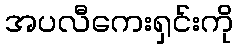
အပလီကေးရှင်းကို